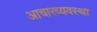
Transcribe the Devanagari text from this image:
आचारव्यवस्था